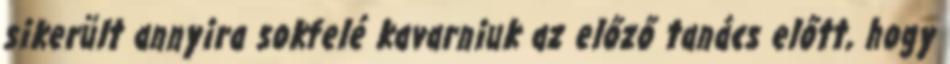
sikerült annyira sokfelé kavarniuk az előző tanács előtt, hogy